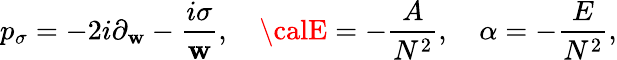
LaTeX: p_{\sigma}=-2i\partial_{\mathbf{w}}-\frac{{i\sigma}}{{\mathbf{w}}},\quad{\calE}=-\frac{{A}}{{N^{2}}},\quad\alpha=-\frac{{E}}{{N^{2}}},